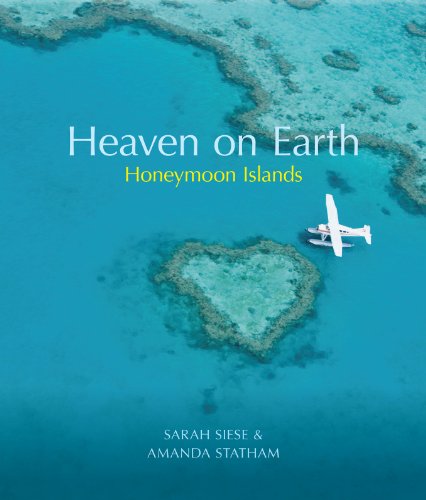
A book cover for Honeymoon Islands: A Lover's Guide to Romantic Holidays. Sarah Siese and Amanda Statham (Heaven on Earth); Sarah Siese; Crafts, Hobbies & Home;